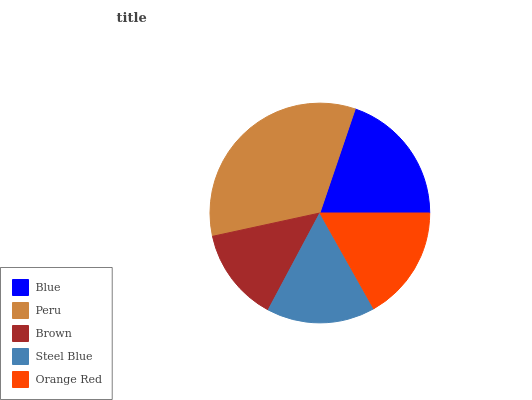
| Blue | Peru | Brown | Steel Blue | Orange Red |
 | --- | --- | --- | --- | --- |
 | 19.8% | 33.6% | 13.8% | 15.9% | 16.9% |